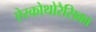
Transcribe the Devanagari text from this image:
ऐस्कोथोरैसिका